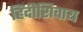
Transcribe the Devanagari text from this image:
हिंदीशिवाय